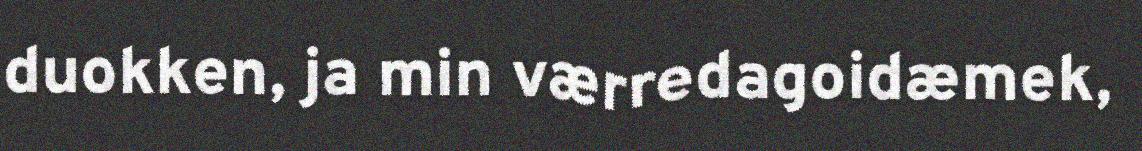
duokken, ja min værredagoidæmek,